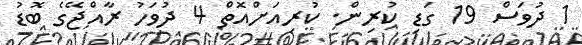
1 ދުވަސް 19 ގަޑި ކުރިން. ކުރިއަށްއޮތް 4 ދުވަހު ރާއްޖޭގެ ބޮޑު